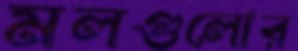
মলগুলোর